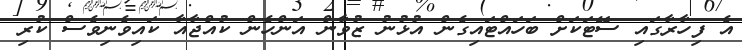
އެ ފިހާރާގައި ސޭޓަކަށް ބަހައްޓައިގެން އުޅުނު ޒުވާން އަންހެން ކުއްޖާއާ ކައިވެނިވެސް ކުރި